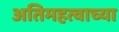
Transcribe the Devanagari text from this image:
अतिमहत्वाच्या